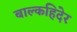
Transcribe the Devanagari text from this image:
बाल्कहिदेर